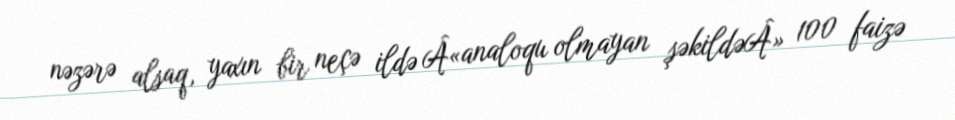
nəzərə alsaq, yaxın bir neçə ildə Â«analoqu olmayan şəkildəÂ» 100 faizə